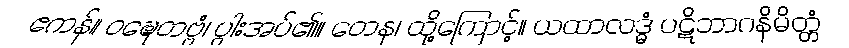
ဧကန်။ ဝဍ္ဎေတဗ္ဗံ၊ ပွါးအပ်၏။ တေန၊ ထို့ကြောင့်။ ယထာလဒ္ဓံ ပဋိဘာဂနိမိတ္တံ